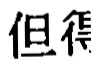
但得